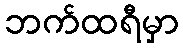
ဘက်ထရီမှာ